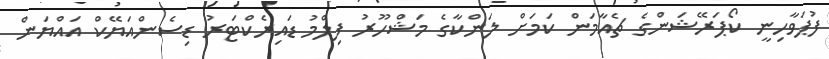
ފުޕަވާހިނީ ކޯޕަރޭޝަންގެ ޗެއާމަން ކަމަށް ލަންކާގެ މަޝްހޫރު ފިލްމު ޑައިރެކްޓަރު ޑިސެންއަޔޭކް އައްޔަން